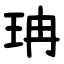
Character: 珃